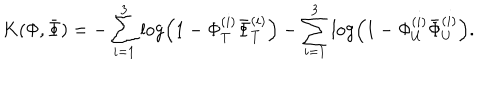
K ( \Phi , { \bar { \Phi } } ) = - \sum _ { i = 1 } ^ { 3 } \log \left( 1 - \Phi _ { T } ^ { ( i ) } { \bar { \Phi } } _ { T } ^ { ( i ) } \right) - \sum _ { i = 1 } ^ { 3 } \log \left( 1 - \Phi _ { U } ^ { ( i ) } { \bar { \Phi } } _ { U } ^ { ( i ) } \right) .